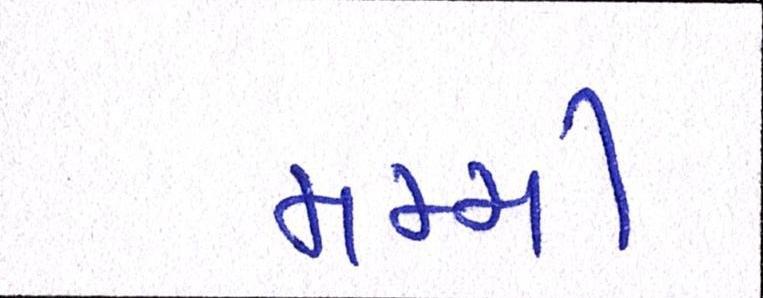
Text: મમ્મી